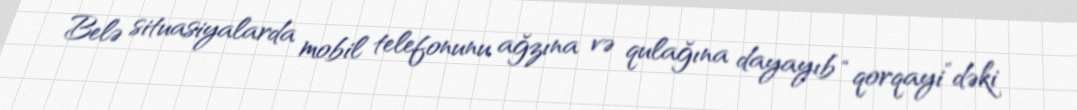
Belə situasiyalarda mobil telefonunu ağzına və qulağına dayayıb “qorqayi”dəki